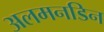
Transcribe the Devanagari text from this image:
अलमनडिन